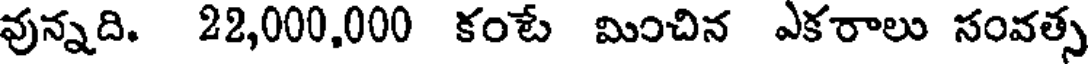
వున్నది. 22,000,000 కంటే మించిన ఎకరాలు సంవత్స